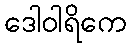
ဒေါဝါရိကေ